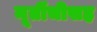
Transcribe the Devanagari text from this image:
मूर्तीचीसह